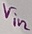
Text: Vin